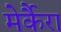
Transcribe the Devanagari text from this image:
मेर्कैरा